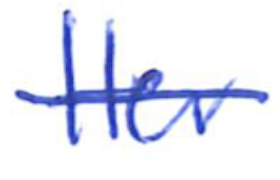
Text: Her
Cross-out: mix
Writing tool: ballpoint